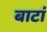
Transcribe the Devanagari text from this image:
बाटां